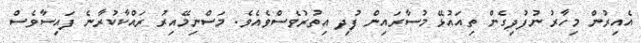
އެއިރުން މިހާރު ނުފުދިގެން ތިއައުޅޭ މުސާރައިން ފުދި އިތުރުވެސްވެއެވެ. މަސްނިމޭއިރު ރައްކާކުރާނެ ފައިސާވެސް